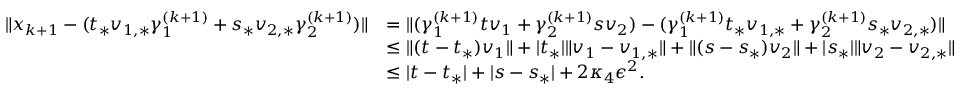
\begin{array} { r l } { \| x _ { k + 1 } - ( t _ { * } v _ { 1 , * } \gamma _ { 1 } ^ { ( k + 1 ) } + s _ { * } v _ { 2 , * } \gamma _ { 2 } ^ { ( k + 1 ) } ) \| } & { = \| ( \gamma _ { 1 } ^ { ( k + 1 ) } t v _ { 1 } + \gamma _ { 2 } ^ { ( k + 1 ) } s v _ { 2 } ) - ( \gamma _ { 1 } ^ { ( k + 1 ) } t _ { * } v _ { 1 , * } + \gamma _ { 2 } ^ { ( k + 1 ) } s _ { * } v _ { 2 , * } ) \| } \\ & { \leq \| ( t - t _ { * } ) v _ { 1 } \| + | t _ { * } | \| v _ { 1 } - v _ { 1 , * } \| + \| ( s - s _ { * } ) v _ { 2 } \| + | s _ { * } | \| v _ { 2 } - v _ { 2 , * } \| } \\ & { \leq | t - t _ { * } | + | s - s _ { * } | + 2 \kappa _ { 4 } \epsilon ^ { 2 } . } \end{array}